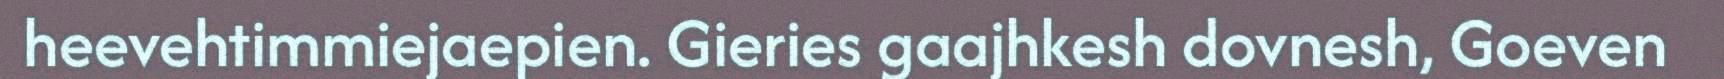
heevehtimmiejaepien. Gieries gaajhkesh dovnesh, Goeven